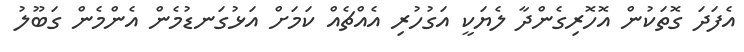
އެފަދަ ގޮތަކުން އޮހޮރިގެންދާ ލެޔަކީ އަގުހުރި އެއްޗެއް ކަމަށް އަޅުގަނޑުމެން އެންމެން ގަބޫލު